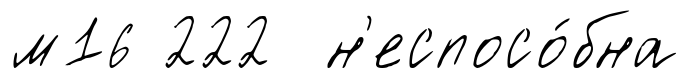
м16 222 н'еспосо́бна